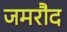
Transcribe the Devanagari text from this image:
जमरौद